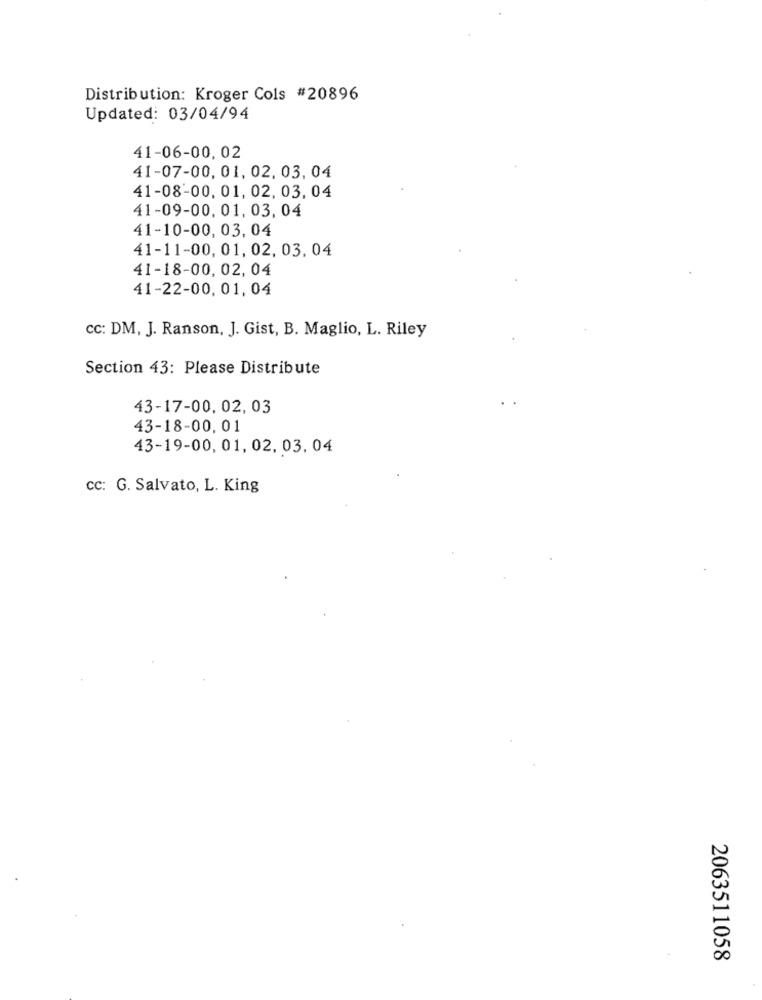
Distribution: Kroger Cols #20896
Updated: 03/04/94
41-06-00, 02
41-07-00, 01, 02. 03, 04
41-08-00, 01, 02, 03, 04
41-09-00, 01, 03, 04
41-10-00, 03, 04
41-11-00, 01, 02, 03, 04
41-18-00, 02, 04
41-22-00, 01, 04
cc: DM, J. Ranson, J. Gist, B. Maglio, L. Riley
Section 43: Please Distribute
43-17-00, 02, 03
43-18-00, 01
43-19-00, 01, 02, 03. 04
cc: G. Salvato, L. King
2063511058